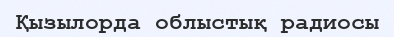
Қызылорда облыстық радиосы